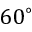
6 0 ^ { \circ }